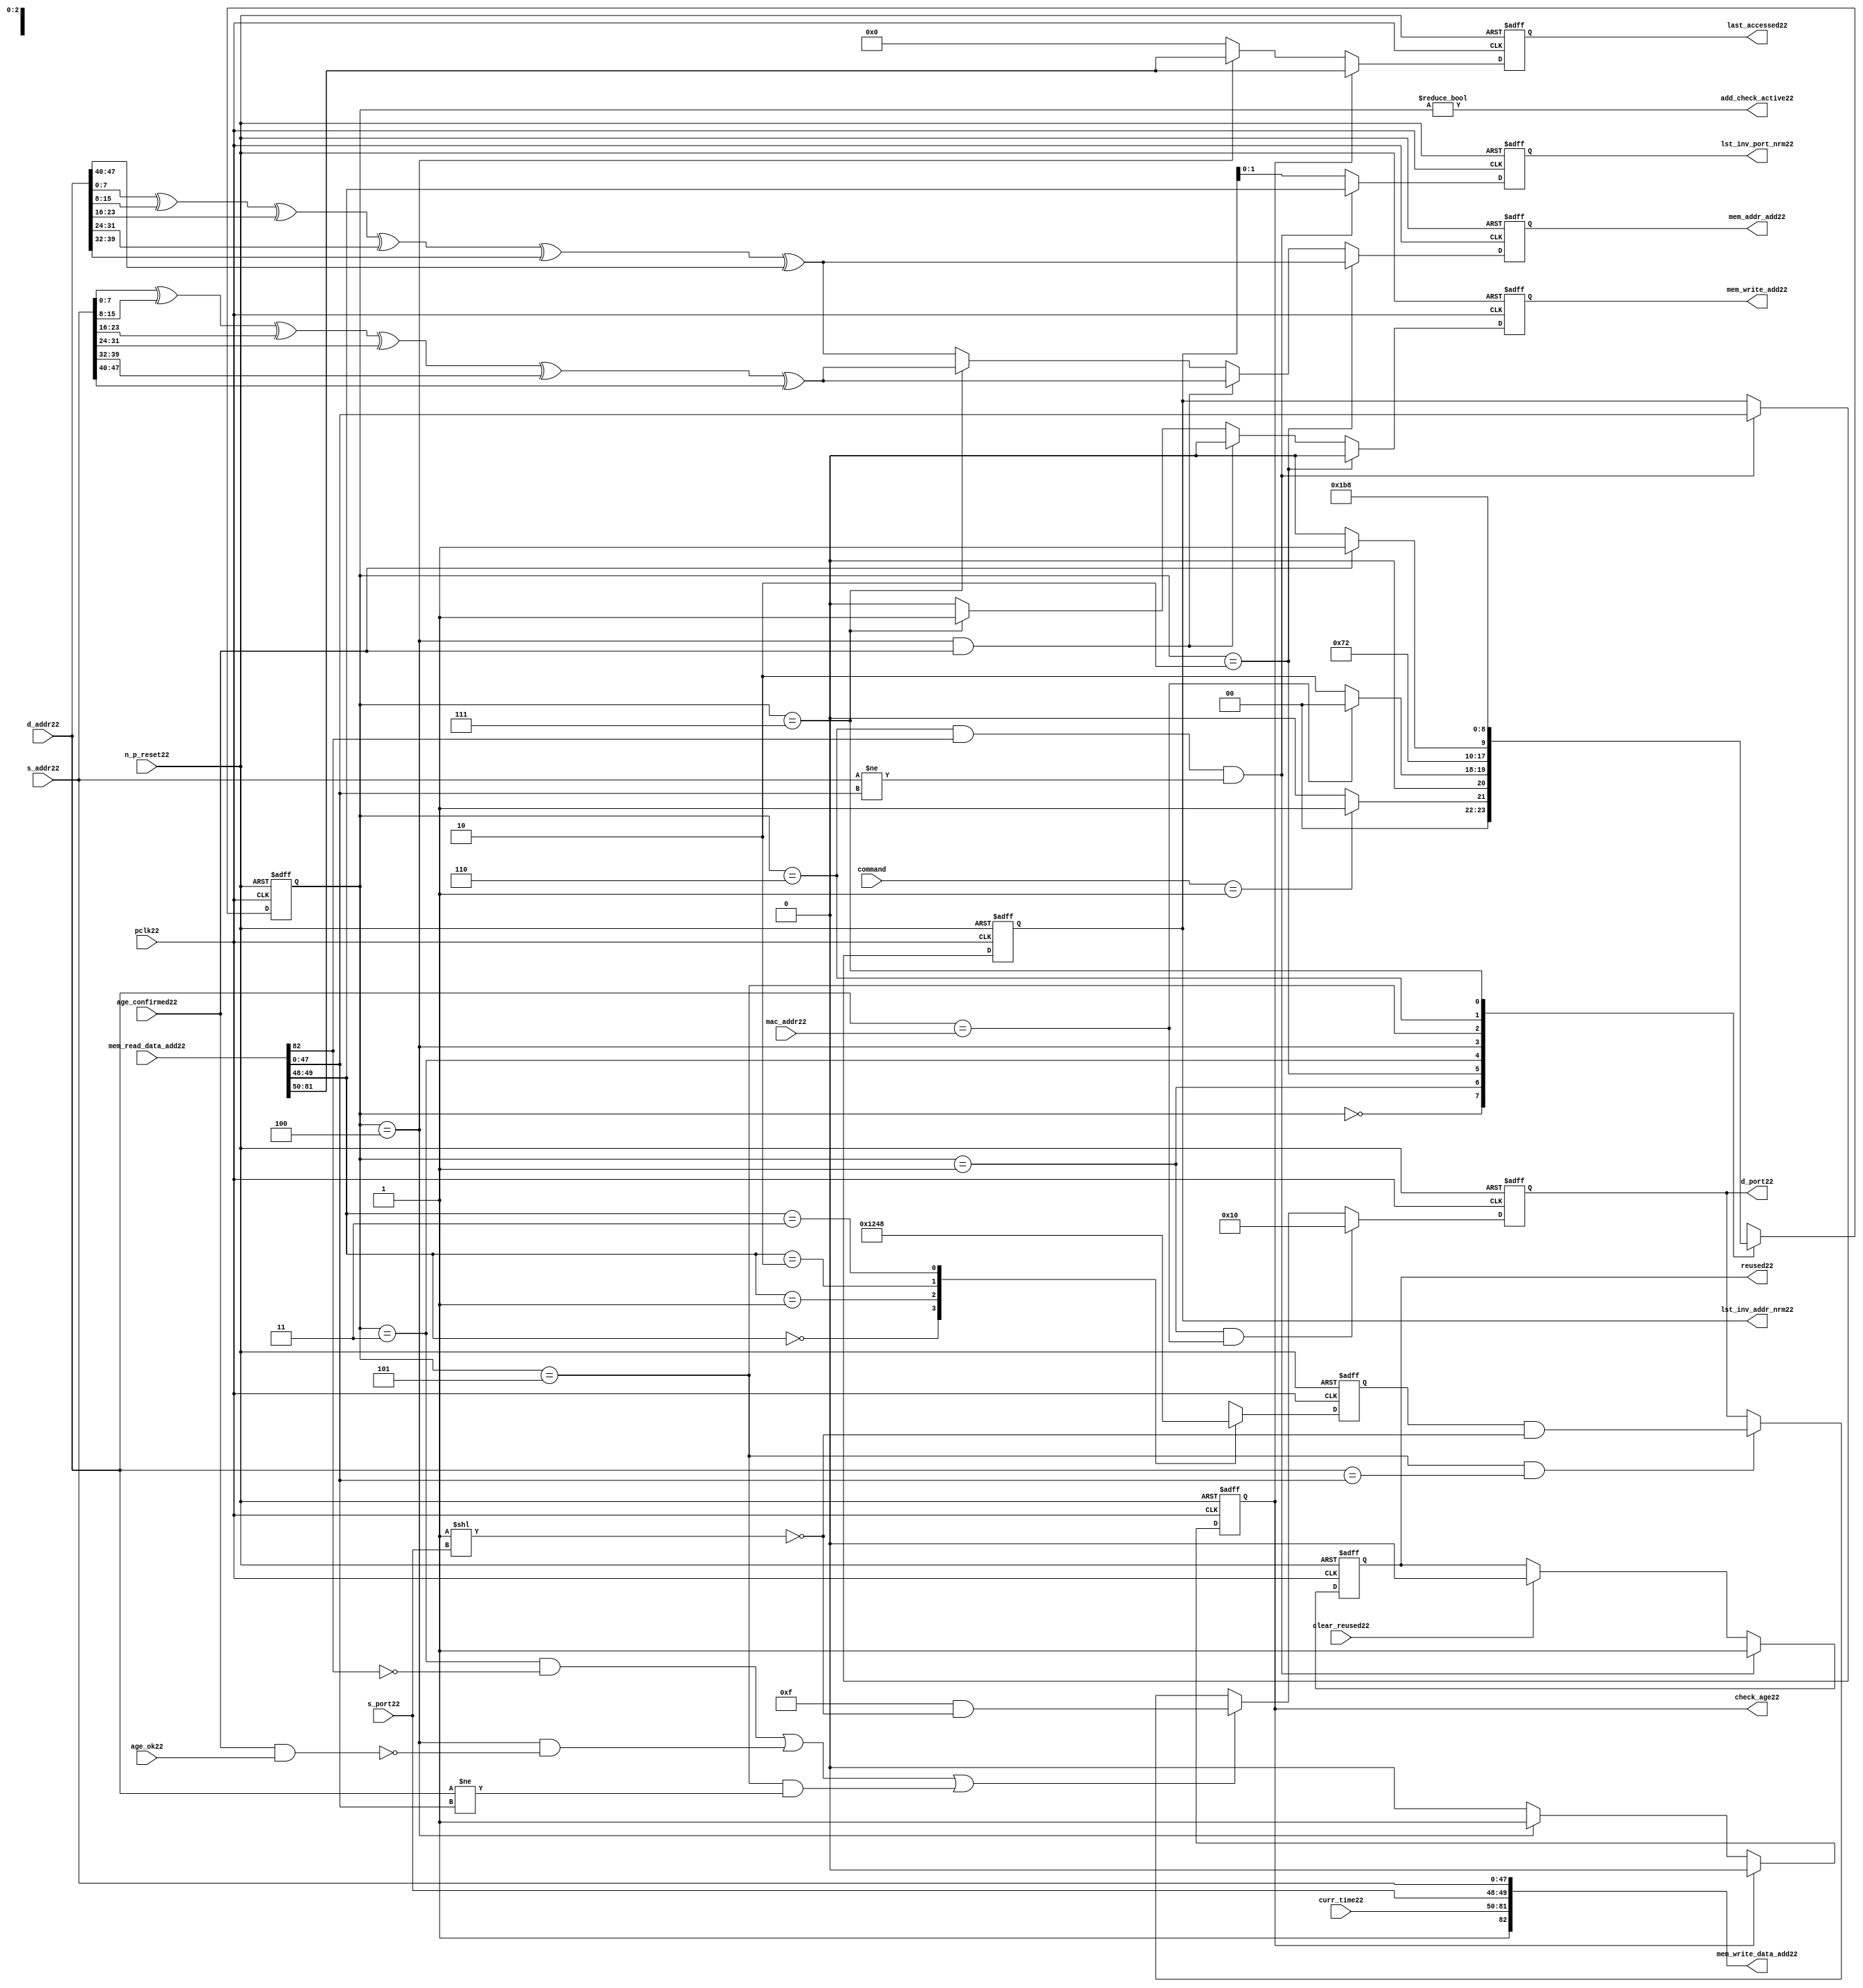
module alut_addr_checker22
(   
   // Inputs22
   pclk22,
   n_p_reset22,
   command,
   mac_addr22,
   d_addr22,
   s_addr22,
   s_port22,
   curr_time22,
   mem_read_data_add22,
   age_confirmed22,
   age_ok22,
   clear_reused22,

   //outputs22
   d_port22,
   add_check_active22,
   mem_addr_add22,
   mem_write_add22,
   mem_write_data_add22,
   lst_inv_addr_nrm22,
   lst_inv_port_nrm22,
   check_age22,
   last_accessed22,
   reused22
);



   input               pclk22;               // APB22 clock22                           
   input               n_p_reset22;          // Reset22                               
   input [1:0]         command;            // command bus                        
   input [47:0]        mac_addr22;           // address of the switch22              
   input [47:0]        d_addr22;             // address of frame22 to be checked22     
   input [47:0]        s_addr22;             // address of frame22 to be stored22      
   input [1:0]         s_port22;             // source22 port of current frame22       
   input [31:0]        curr_time22;          // current time,for storing22 in mem    
   input [82:0]        mem_read_data_add22;  // read data from mem                 
   input               age_confirmed22;      // valid flag22 from age22 checker        
   input               age_ok22;             // result from age22 checker 
   input               clear_reused22;       // read/clear flag22 for reused22 signal22           

   output [4:0]        d_port22;             // calculated22 destination22 port for tx22 
   output              add_check_active22;   // bit 0 of status register           
   output [7:0]        mem_addr_add22;       // hash22 address for R/W22 to memory     
   output              mem_write_add22;      // R/W22 flag22 (write = high22)            
   output [82:0]       mem_write_data_add22; // write data for memory             
   output [47:0]       lst_inv_addr_nrm22;   // last invalidated22 addr normal22 op    
   output [1:0]        lst_inv_port_nrm22;   // last invalidated22 port normal22 op    
   output              check_age22;          // request flag22 for age22 check
   output [31:0]       last_accessed22;      // time field sent22 for age22 check
   output              reused22;             // indicates22 ALUT22 location22 overwritten22

   reg   [2:0]         add_chk_state22;      // current address checker state
   reg   [2:0]         nxt_add_chk_state22;  // current address checker state
   reg   [4:0]         d_port22;             // calculated22 destination22 port for tx22 
   reg   [3:0]         port_mem22;           // bitwise22 conversion22 of 2bit port
   reg   [7:0]         mem_addr_add22;       // hash22 address for R/W22 to memory
   reg                 mem_write_add22;      // R/W22 flag22 (write = high22)            
   reg                 reused22;             // indicates22 ALUT22 location22 overwritten22
   reg   [47:0]        lst_inv_addr_nrm22;   // last invalidated22 addr normal22 op    
   reg   [1:0]         lst_inv_port_nrm22;   // last invalidated22 port normal22 op    
   reg                 check_age22;          // request flag22 for age22 checker
   reg   [31:0]        last_accessed22;      // time field sent22 for age22 check


   wire   [7:0]        s_addr_hash22;        // hash22 of address for storing22
   wire   [7:0]        d_addr_hash22;        // hash22 of address for checking
   wire   [82:0]       mem_write_data_add22; // write data for memory  
   wire                add_check_active22;   // bit 0 of status register           


// Parameters22 for Address Checking22 FSM22 states22
   parameter idle22           = 3'b000;
   parameter mac_addr_chk22   = 3'b001;
   parameter read_dest_add22  = 3'b010;
   parameter valid_chk22      = 3'b011;
   parameter age_chk22        = 3'b100;
   parameter addr_chk22       = 3'b101;
   parameter read_src_add22   = 3'b110;
   parameter write_src22      = 3'b111;


// -----------------------------------------------------------------------------
//   Hash22 conversion22 of source22 and destination22 addresses22
// -----------------------------------------------------------------------------
   assign s_addr_hash22 = s_addr22[7:0] ^ s_addr22[15:8] ^ s_addr22[23:16] ^
                        s_addr22[31:24] ^ s_addr22[39:32] ^ s_addr22[47:40];

   assign d_addr_hash22 = d_addr22[7:0] ^ d_addr22[15:8] ^ d_addr22[23:16] ^
                        d_addr22[31:24] ^ d_addr22[39:32] ^ d_addr22[47:40];



// -----------------------------------------------------------------------------
//   State22 Machine22 For22 handling22 the destination22 address checking process and
//   and storing22 of new source22 address and port values.
// -----------------------------------------------------------------------------
always @ (command or add_chk_state22 or age_confirmed22 or age_ok22)
   begin
      case (add_chk_state22)
      
      idle22:
         if (command == 2'b01)
            nxt_add_chk_state22 = mac_addr_chk22;
         else
            nxt_add_chk_state22 = idle22;

      mac_addr_chk22:   // check if destination22 address match MAC22 switch22 address
         if (d_addr22 == mac_addr22)
            nxt_add_chk_state22 = idle22;  // return dest22 port as 5'b1_0000
         else
            nxt_add_chk_state22 = read_dest_add22;

      read_dest_add22:       // read data from memory using hash22 of destination22 address
            nxt_add_chk_state22 = valid_chk22;

      valid_chk22:      // check if read data had22 valid bit set
         nxt_add_chk_state22 = age_chk22;

      age_chk22:        // request age22 checker to check if still in date22
         if (age_confirmed22)
            nxt_add_chk_state22 = addr_chk22;
         else
            nxt_add_chk_state22 = age_chk22; 

      addr_chk22:       // perform22 compare between dest22 and read addresses22
            nxt_add_chk_state22 = read_src_add22; // return read port from ALUT22 mem

      read_src_add22:   // read from memory location22 about22 to be overwritten22
            nxt_add_chk_state22 = write_src22; 

      write_src22:      // write new source22 data (addr and port) to memory
            nxt_add_chk_state22 = idle22; 

      default:
            nxt_add_chk_state22 = idle22;
      endcase
   end


// destination22 check FSM22 current state
always @ (posedge pclk22 or negedge n_p_reset22)
   begin
   if (~n_p_reset22)
      add_chk_state22 <= idle22;
   else
      add_chk_state22 <= nxt_add_chk_state22;
   end



// -----------------------------------------------------------------------------
//   Generate22 returned value of port for sending22 new frame22 to
// -----------------------------------------------------------------------------
always @ (posedge pclk22 or negedge n_p_reset22)
   begin
   if (~n_p_reset22)
      d_port22 <= 5'b0_1111;
   else if ((add_chk_state22 == mac_addr_chk22) & (d_addr22 == mac_addr22))
      d_port22 <= 5'b1_0000;
   else if (((add_chk_state22 == valid_chk22) & ~mem_read_data_add22[82]) |
            ((add_chk_state22 == age_chk22) & ~(age_confirmed22 & age_ok22)) |
            ((add_chk_state22 == addr_chk22) & (d_addr22 != mem_read_data_add22[47:0])))
      d_port22 <= 5'b0_1111 & ~( 1 << s_port22 );
   else if ((add_chk_state22 == addr_chk22) & (d_addr22 == mem_read_data_add22[47:0]))
      d_port22 <= {1'b0, port_mem22} & ~( 1 << s_port22 );
   else
      d_port22 <= d_port22;
   end


// -----------------------------------------------------------------------------
//   convert read port source22 value from 2bits to bitwise22 4 bits
// -----------------------------------------------------------------------------
always @ (posedge pclk22 or negedge n_p_reset22)
   begin
   if (~n_p_reset22)
      port_mem22 <= 4'b1111;
   else begin
      case (mem_read_data_add22[49:48])
         2'b00: port_mem22 <= 4'b0001;
         2'b01: port_mem22 <= 4'b0010;
         2'b10: port_mem22 <= 4'b0100;
         2'b11: port_mem22 <= 4'b1000;
      endcase
   end
   end
   


// -----------------------------------------------------------------------------
//   Set active bit of status, decoded22 off22 add_chk_state22
// -----------------------------------------------------------------------------
assign add_check_active22 = (add_chk_state22 != 3'b000);


// -----------------------------------------------------------------------------
//   Generate22 memory addressing22 signals22.
//   The check address command will be taken22 as the indication22 from SW22 that the 
//   source22 fields (address and port) can be written22 to memory. 
// -----------------------------------------------------------------------------
always @ (posedge pclk22 or negedge n_p_reset22)
   begin
   if (~n_p_reset22) 
   begin
       mem_write_add22 <= 1'b0;
       mem_addr_add22  <= 8'd0;
   end
   else if (add_chk_state22 == read_dest_add22)
   begin
       mem_write_add22 <= 1'b0;
       mem_addr_add22  <= d_addr_hash22;
   end
// Need22 to set address two22 cycles22 before check
   else if ( (add_chk_state22 == age_chk22) && age_confirmed22 )
   begin
       mem_write_add22 <= 1'b0;
       mem_addr_add22  <= s_addr_hash22;
   end
   else if (add_chk_state22 == write_src22)
   begin
       mem_write_add22 <= 1'b1;
       mem_addr_add22  <= s_addr_hash22;
   end
   else
   begin
       mem_write_add22 <= 1'b0;
       mem_addr_add22  <= d_addr_hash22;
   end
   end


// -----------------------------------------------------------------------------
//   Generate22 databus22 for writing to memory
//   Data written22 to memory from address checker will always be valid
// -----------------------------------------------------------------------------
assign mem_write_data_add22 = {1'b1, curr_time22, s_port22, s_addr22};



// -----------------------------------------------------------------------------
//   Evaluate22 read back data that is about22 to be overwritten22 with new source22 
//   address and port values. Decide22 whether22 the reused22 flag22 must be set and
//   last_inval22 address and port values updated.
//   reused22 needs22 to be implemented as read and clear
// -----------------------------------------------------------------------------
always @ (posedge pclk22 or negedge n_p_reset22)
   begin
   if (~n_p_reset22) 
   begin
      reused22 <= 1'b0;
      lst_inv_addr_nrm22 <= 48'd0;
      lst_inv_port_nrm22 <= 2'd0;
   end
   else if ((add_chk_state22 == read_src_add22) & mem_read_data_add22[82] &
            (s_addr22 != mem_read_data_add22[47:0]))
   begin
      reused22 <= 1'b1;
      lst_inv_addr_nrm22 <= mem_read_data_add22[47:0];
      lst_inv_port_nrm22 <= mem_read_data_add22[49:48];
   end
   else if (clear_reused22)
   begin
      reused22 <= 1'b0;
      lst_inv_addr_nrm22 <= lst_inv_addr_nrm22;
      lst_inv_port_nrm22 <= lst_inv_addr_nrm22;
   end
   else 
   begin
      reused22 <= reused22;
      lst_inv_addr_nrm22 <= lst_inv_addr_nrm22;
      lst_inv_port_nrm22 <= lst_inv_addr_nrm22;
   end
   end


// -----------------------------------------------------------------------------
//   Generate22 signals22 for age22 checker to perform22 in-date22 check
// -----------------------------------------------------------------------------
always @ (posedge pclk22 or negedge n_p_reset22)
   begin
   if (~n_p_reset22) 
   begin
      check_age22 <= 1'b0;  
      last_accessed22 <= 32'd0;
   end
   else if (check_age22)
   begin
      check_age22 <= 1'b0;  
      last_accessed22 <= mem_read_data_add22[81:50];
   end
   else if (add_chk_state22 == age_chk22)
   begin
      check_age22 <= 1'b1;  
      last_accessed22 <= mem_read_data_add22[81:50];
   end
   else 
   begin
      check_age22 <= 1'b0;  
      last_accessed22 <= 32'd0;
   end
   end


`ifdef ABV_ON22

// psl22 default clock22 = (posedge pclk22);

// ASSERTION22 CHECKS22
/* Commented22 out as also checking in toplevel22
// it should never be possible22 for the destination22 port to indicate22 the MAC22
// switch22 address and one of the other 4 Ethernets22
// psl22 assert_valid_dest_port22 : assert never (d_port22[4] & |{d_port22[3:0]});


// COVER22 SANITY22 CHECKS22
// check all values of destination22 port can be returned.
// psl22 cover_d_port_022 : cover { d_port22 == 5'b0_0001 };
// psl22 cover_d_port_122 : cover { d_port22 == 5'b0_0010 };
// psl22 cover_d_port_222 : cover { d_port22 == 5'b0_0100 };
// psl22 cover_d_port_322 : cover { d_port22 == 5'b0_1000 };
// psl22 cover_d_port_422 : cover { d_port22 == 5'b1_0000 };
// psl22 cover_d_port_all22 : cover { d_port22 == 5'b0_1111 };
*/
`endif


endmodule